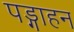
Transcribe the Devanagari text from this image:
पड्गाहन